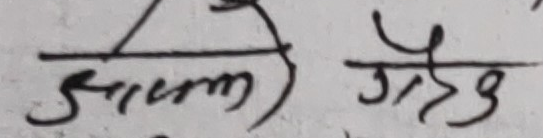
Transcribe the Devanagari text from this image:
झापा क्षेत्र ३